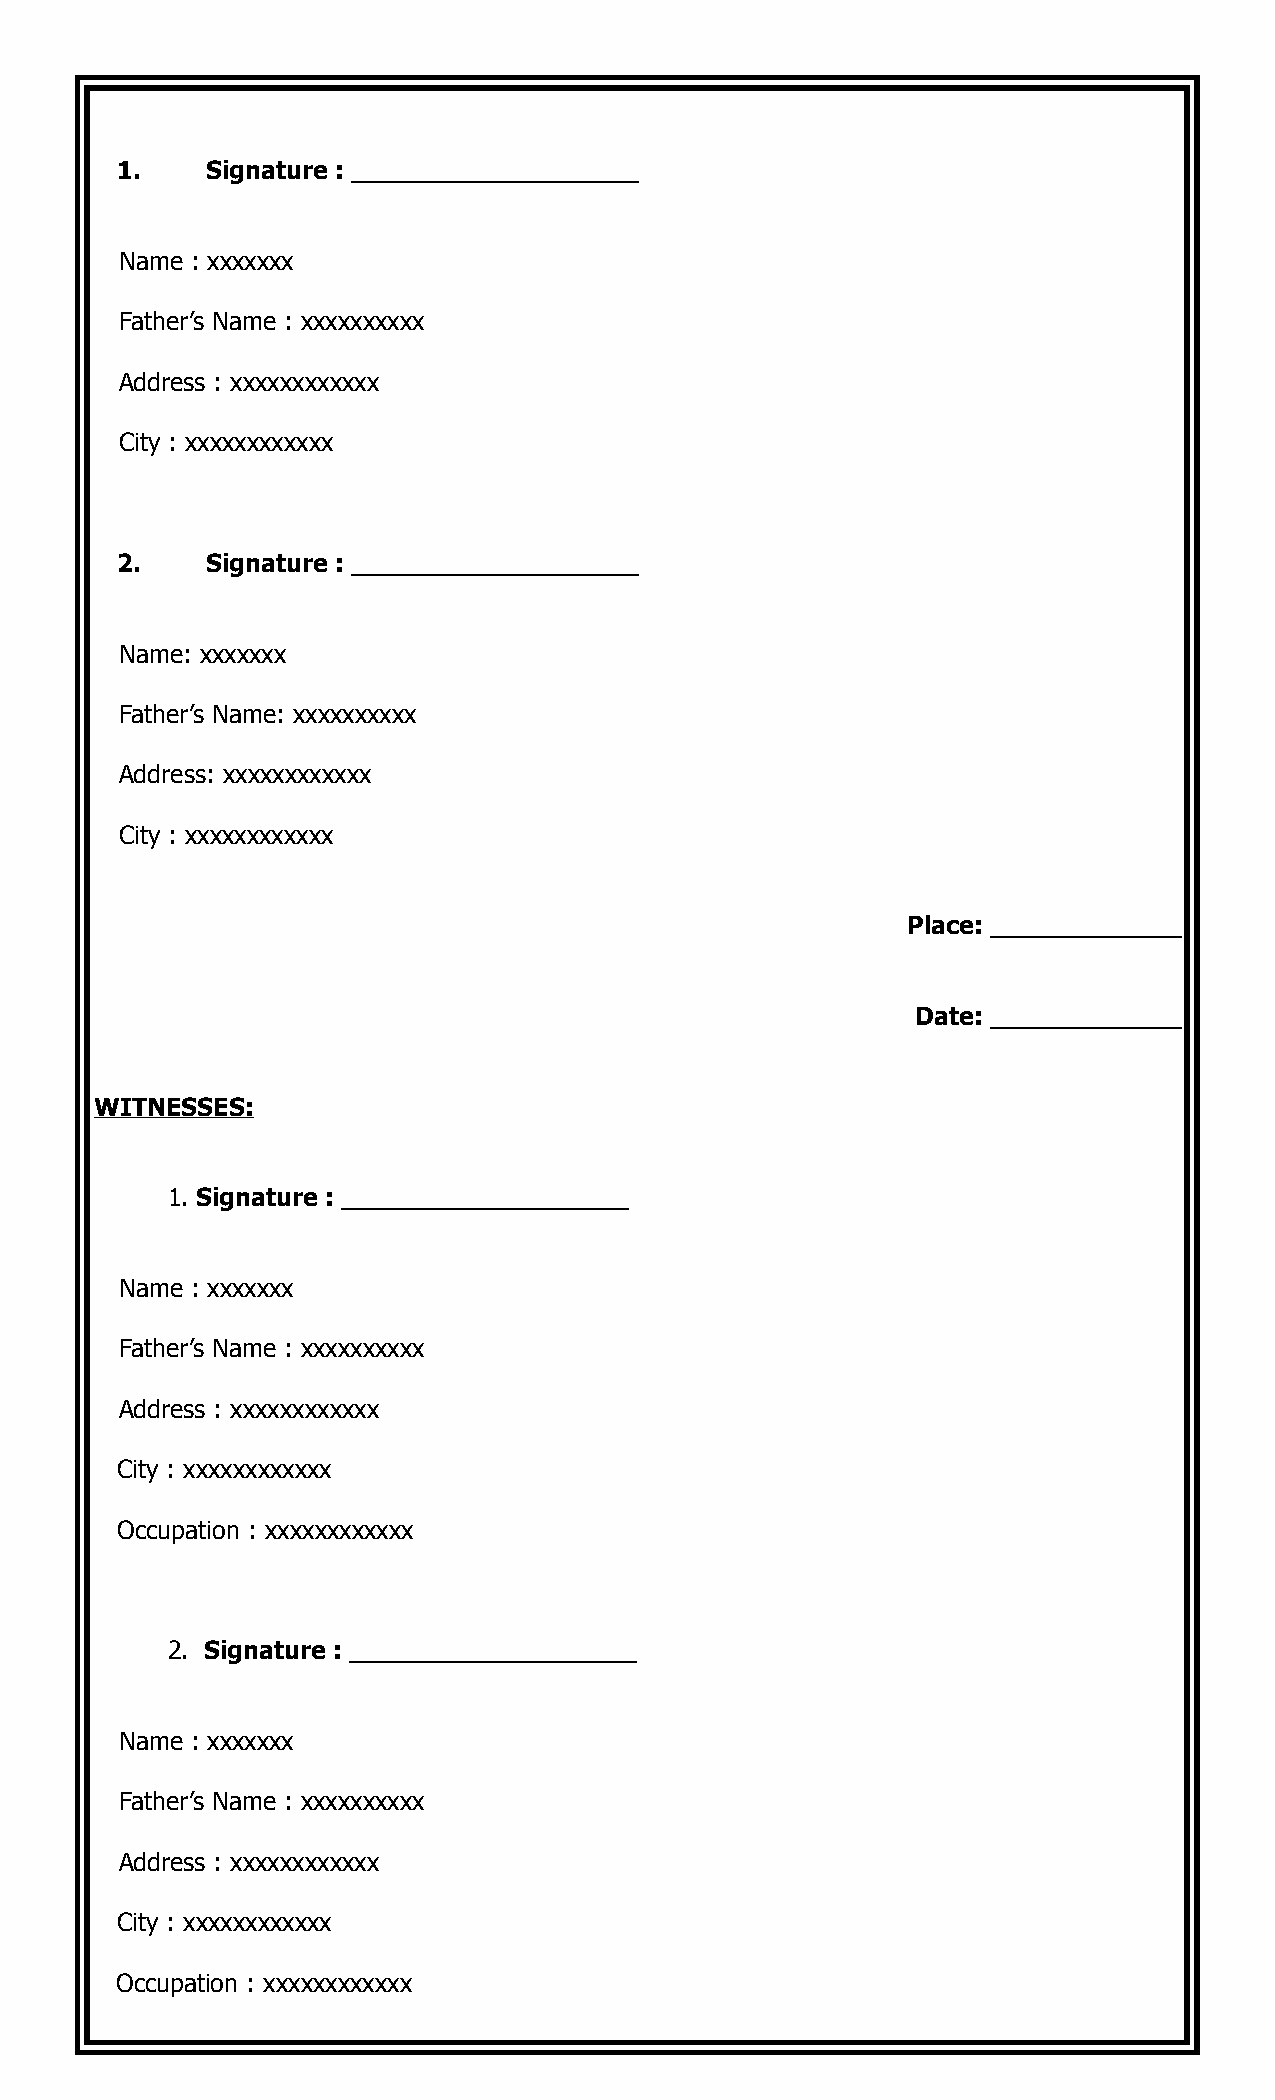
1.    Signature : __________________
 Name : xxxxxxx
 Father’s Name : xxxxxxxxxx
 Address : xxxxxxxxxxxx
 City : xxxxxxxxxxxx
 2.    Signature : __________________
 Name: xxxxxxx
 Father’s Name: xxxxxxxxxx
 Address: xxxxxxxxxxxx
 City : xxxxxxxxxxxx
 Place: ____________
 Date: ____________
 WITNESSES:
 1. Signature : __________________
 Name : xxxxxxx
 Father’s Name : xxxxxxxxxx
 Address : xxxxxxxxxxxx
 City : xxxxxxxxxxxx
 Occupation : xxxxxxxxxxxx
 2. Signature : __________________
 Name : xxxxxxx
 Father’s Name : xxxxxxxxxx
 Address : xxxxxxxxxxxx
 City : xxxxxxxxxxxx
 Occupation : xxxxxxxxxxxx